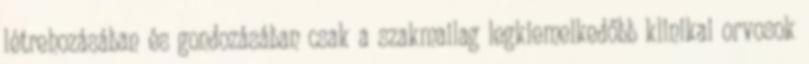
létrehozásában és gondozásában csak a szakmailag legkiemelkedőbb klinikai orvosok